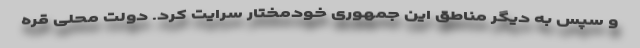
و سپس به دیگر مناطق این جمهوری خودمختار سرایت کرد. دولت محلی قره